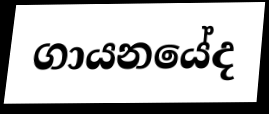
ගායනයේද